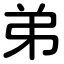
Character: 弟